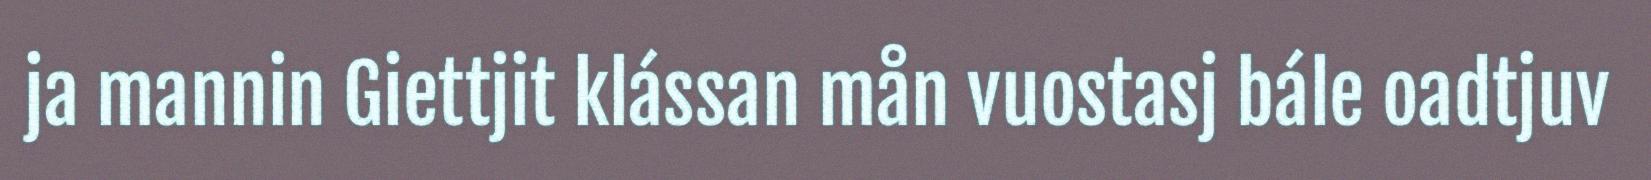
ja mannin Giettjit klássan mån vuostasj bále oadtjuv